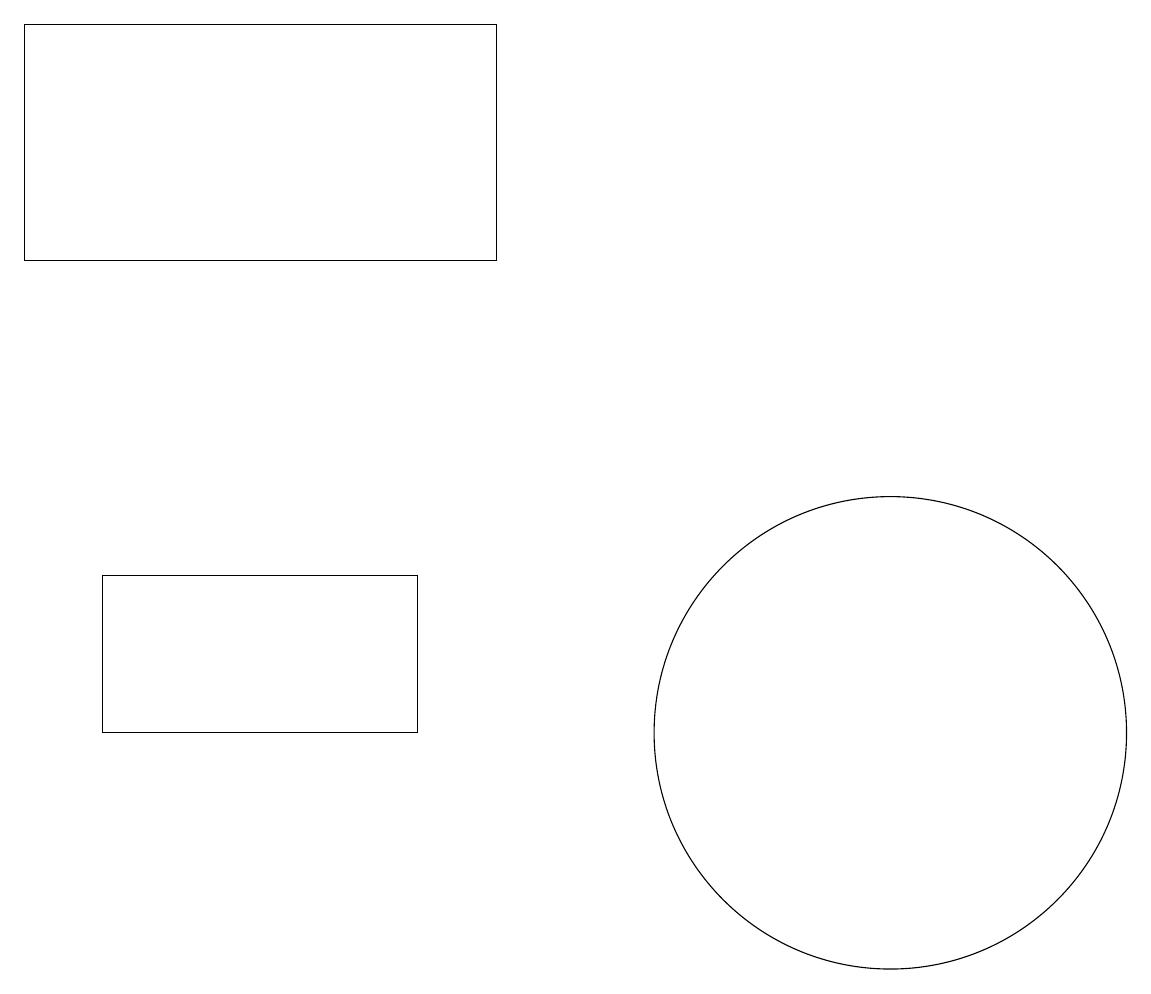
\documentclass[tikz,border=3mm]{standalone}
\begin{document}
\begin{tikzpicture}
\draw (11,10) circle (3);
\draw (1,10) rectangle (5,12);
\draw (0,16) rectangle (6,19);
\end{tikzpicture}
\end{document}